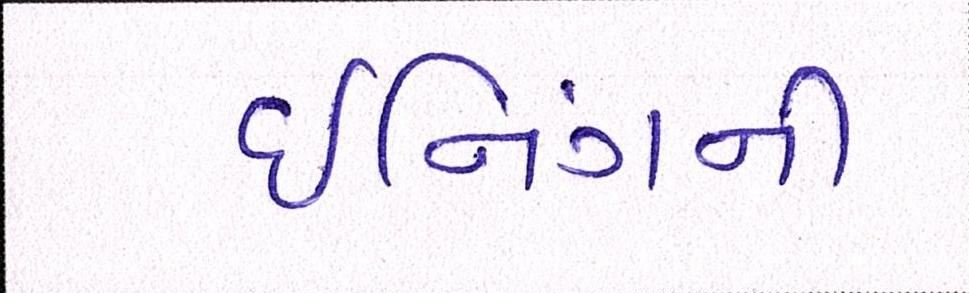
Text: ઈનિંગની